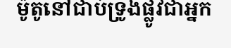
ម៉ូតូនៅជាប់ទ្រូងផ្លូវជាអ្នក